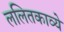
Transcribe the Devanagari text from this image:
ललितकाव्ये